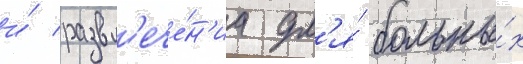
и́ развл'ече́н'иа дл'я́ больны́х